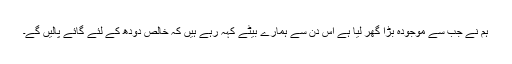
ہم نے جب سے موجودہ بڑا گھر لیا ہے اس دن سے ہمارے بیٹے کہہ رہے ہیں کہ خالص دودھ کے لئے گائے پالیں گے۔